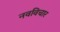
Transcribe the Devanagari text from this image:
नवविचार